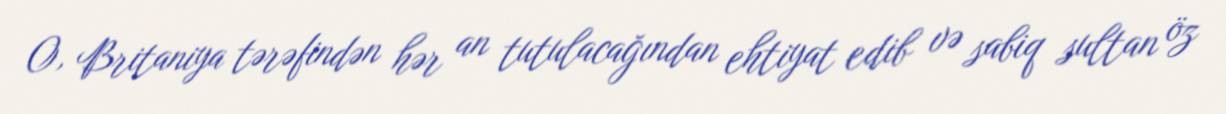
O, Britaniya tərəfindən hər an tutulacağından ehtiyat edib və sabiq sultan öz